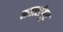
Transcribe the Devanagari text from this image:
महालंगूर